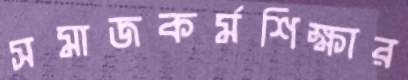
সমাজকর্মশিক্ষার